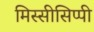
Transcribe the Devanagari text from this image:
मिस्सीसिप्पी